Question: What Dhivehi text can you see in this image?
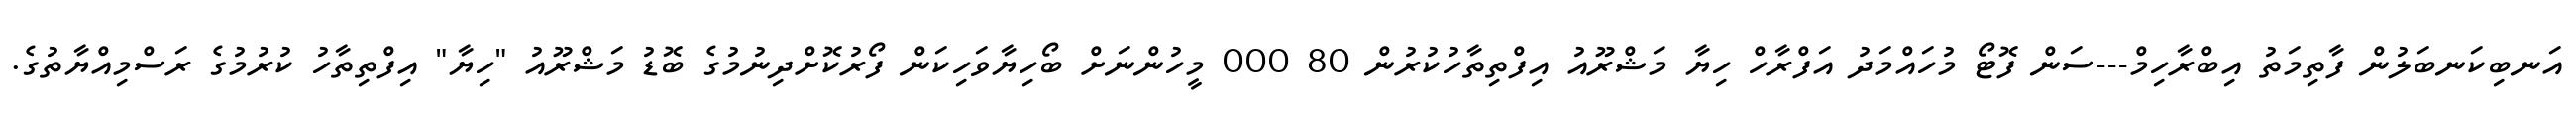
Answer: އަނބިކަނބަލުން ފާތިމަތު އިބްރާހިމް---ސަން ފޮޓޯ މުހައްމަދު އަފްރާހް ހިޔާ މަޝްރޫއު އިފްތިތާހުކުރުން 80 000 މީހުންނަށް ބޯހިޔާވަހިކަން ފޯރުކޮށްދިނުމުގެ ބޮޑު މަޝްރޫއު "ހިޔާ" އިފްތިތާހު ކުރުމުގެ ރަސްމިއްޔާތުގެ.